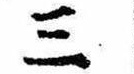
三